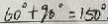
6 0 ^ { \circ } + 9 0 ^ { \circ } = 1 5 0 ^ { \circ }